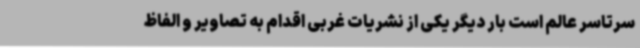
سرتاسر عالم است بار دیگر یکی از نشریات غربی اقدام به تصاویر و الفاظ